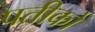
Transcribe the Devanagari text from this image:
पतीकों